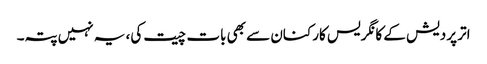
اتر پردیش کے کانگریس کارکنان سے بھی بات چیت کی، یہ نہیں پتہ۔